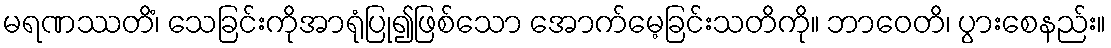
မရဏဿတိံ၊ သေခြင်းကိုအာရုံပြု၍ဖြစ်သော အောက်မေ့ခြင်းသတိကို။ ဘာဝေတိ၊ ပွားစေနည်း။